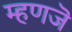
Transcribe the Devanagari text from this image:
म्हणजॆ